Vaccination in Bombay 1874-1876 - 1874-1876
Year: 1874
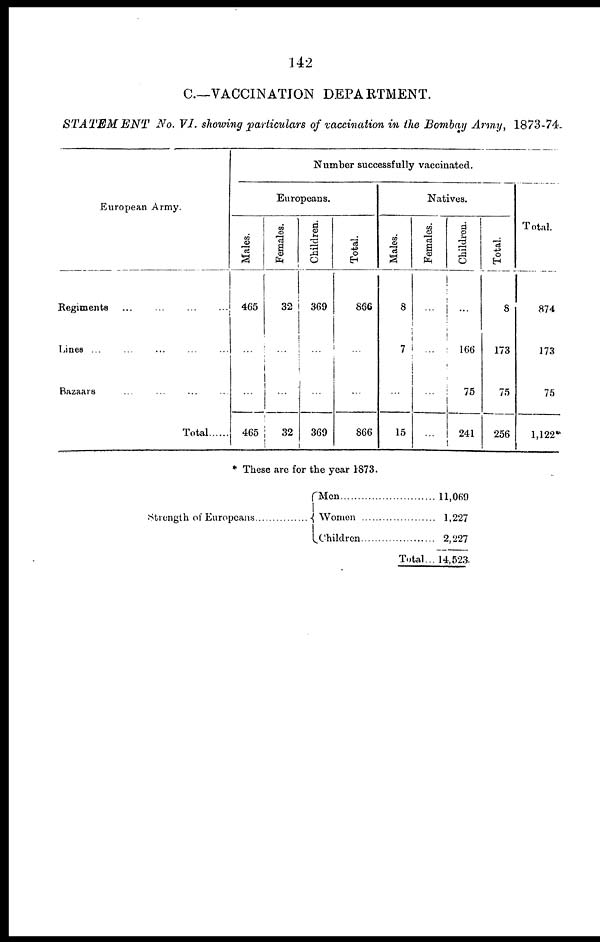
142
C.—VACCINATION DEPARTMENT.
STATEMENT
No. VI. showing particulars of vaccination in the Bombay Army, 1873-74.
European Army.
Regiments ...
...
...
...
Lines ... ... ... ... ...
Bazaars ... ... ... ...
Total.......
Number successfully vaccinated.
Europeans.
Males.
465
...
...
465
Females.
32
...
...
32
Children.
369
...
...
369
Total.
866
...
...
866
Natives.
Males.
8
7
...
15
Females.
...
...
...
...
Children.
...
166
75
241
Total.
8
173
75
256
Total.
874
173
75
1,122*
* These are for the year 1873.
Strength of Europeans ............... Men
Women
Children ..................
Total...
11,069
1,227
2,227
14,523